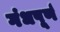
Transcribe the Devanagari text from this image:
गंधपूर्ण